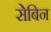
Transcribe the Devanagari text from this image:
सेबिन